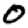
Digit: 0